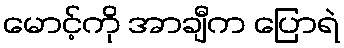
မောင့်ကို အာချီက ပြောရဲ